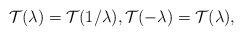
LaTeX: \begin{align*}\mathcal{T}(\lambda )=\mathcal{T}(1/\lambda ),\mathcal{T}(-\lambda )=\mathcal{T}(\lambda ), \end{align*}